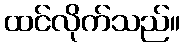
ထင်လိုက်သည်။